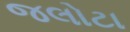
જલોટા